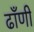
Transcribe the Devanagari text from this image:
ढाँणी